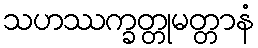
သဟဿက္ခတ္တုမတ္တာနံ